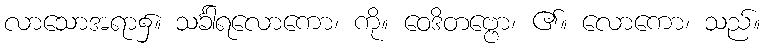
လာသောအရာ၌။ သင်္ခါရလောကော၊ ကို။ ဝေဒိတဗ္ဗော၊ ၏။ လောကော၊ သည်။